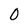
Character: 0